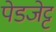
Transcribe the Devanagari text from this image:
पेडजेट्ट